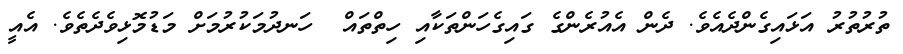
ތުރުތުރު އަޅައިގެންދެއެވެ. ދެން އެއުރެންގެ ގައިގެހަންތަކާއި ހިތްތައް  ހަނދުމަކުރުމަށް މަޑުމޮޅިވެދެތެވެ. އެއީ